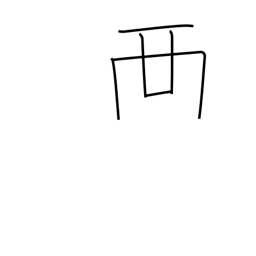
Meaning: place on top of